Vaccination in the Punjab 1919-1929 - 1919-1929
Year: 1919
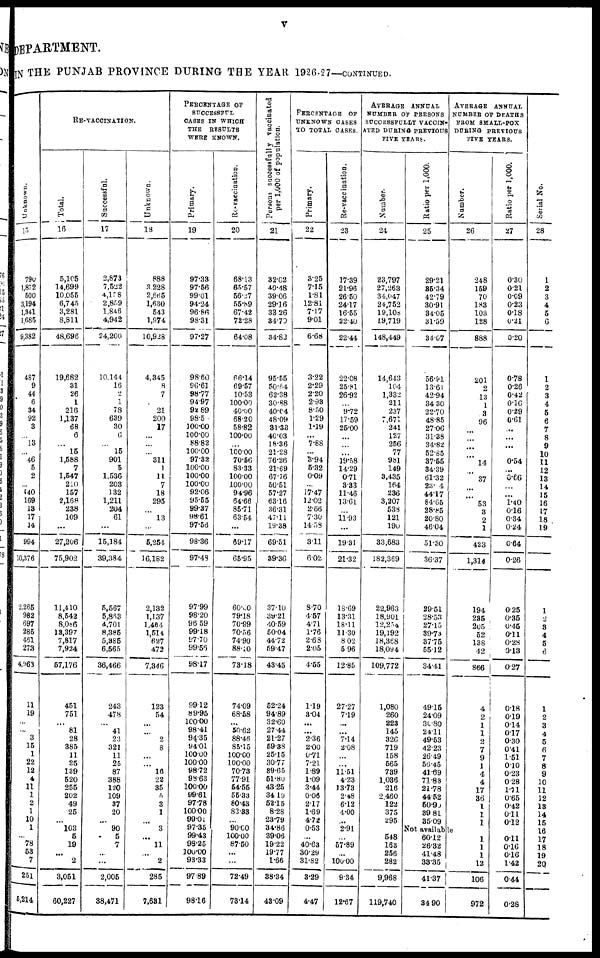
v
DEPARTMENT.
I N THE PUNJAB PROVINCE DURING THE YEAR 1926-27—CONTINUED.
Unknown
15
790
1,872
500
3,194
1,341
1,685
9,382
487
9
44
6
34
92
3
13
...
46
5
2
...
640
169
13
17
14
994
10,376
2,265
982
697
285
461
273
4,963
11
19
...
...
3
15
1
22
12
4
11
1
2
1
10
1
...
78
53
7
251
5,214
RE-VACCINATION.
Total.
16
5,105
14,699
10,055
6,745
3,281
8,811
48,696
19,682
31
26
1
216
1,137
68
6
...
15
1,588
7
1,547
210
157
2,168
238
109
...
27,206
75,902
11,410
8,542
8,086
13,397
7,817
7,924
57,176
451
751
...
81
28
385
11
25
139
520
255
202
49
25
...
103
5
19
...
2
3,051
60,227
Successful.
17
2,873
7,522
4,158
2,859
1,846
4,942
24,200
10,144
16
2
1
78
639
30
6
...
15
901
5
1,536
203
132
1,211
204
61
...
15,184
39,384
5,567
5,863
4,701
8,385
5,385
6,565
36,466
243
478
...
41
23
321
11
25
87
388
120
109
37
20
...
90
5
7
...
...
2,005
38,471
Unknown.
18
888
3,228
2,665
1,630
543
1,974
10,928
4,345
8
7
21
200
17
...
...
...
311
1
11
7
18
295
...
13
...
5,254
16,182
2,132
1,137
1.464
1,514
627
472
7,346
123
54
...
...
2
8
...
...
16
22
35
5
3
1
...
3
...
11
...
2
285
7,631
PERCENTAGE OF
SUCCESSFUL
CASES IN WHICH
THE RESULTS
WERE KNOWN.
Primary.
19
97.33
97.56
99.01
94.24
96.86
98.31
97.27
98.60
96.61
98.77
94.97
92.89
98.5
100.00
100.00
88.82
100.00
97.32
100.00
100.00
100.00
92.06
95.55
99.37
98.61
97.56
98.36
97.48
97.99
98.20
96.59
99.18
97.70
99.56
98.17
99.12
89.95
100.00
98.41
94.35
94.01
100.00
100.00
98.72
98.63
100.00
99.61
97.78
100.00
99.01
97.35
99.43
98.25
100.00
93.33
97.89
98.16
Re-vaccination.
20
68.13
65.57
56.27
55.89
67.42
72.28
64.08
66.14
69.57
10.53
100.00
40.00
68.20
58.82
100.00
...
100.00
70.56
83.33
100.00
100.00
94.96
64.66
85.71
63.54
...
69.17
65.95
60.00
79.18
70.99
70.56
74.90
88.10
73.18
74.09
68.58
...
50.62
88.46
85.15
100.00
100.00
70.73
77.91
54.55
55.33
80.43
83.33
...
90.00
100.00
87.50
...
...
72.49
73.14
Persons successfully vaccinated
per 1,000 of population.
21
32.02
40.48
39.06
29.16
33.26
34.70
34.82
95.55
50.64
62.38
30.88
40.04
48.09
31.33
40.03
18.36
21.28
76.26
21.69
67.76
50.51
57.27
63.16
36.31
47.11
19.38
69.51
39.36
37.10
39.21
40.59
50.04
44.72
59.47
43.45
52.24
94.89
32.60
27.44
21.27
59.38
25.15
30.77
39.65
51.80
43.25
34.19
52.15
8.28
23.79
34.86
39.06
19.22
19.77
1.66
38.34
43.09
PERCENTAGE OF
UNKNOWN CASES
TO TOTAL CASES.
Primary.
22
3.25
7.15
1.81
12.81
7.17
9.01
6.68
3.22
2.29
2.20
2.93
8.50
1.29
1.19
...
7.88
...
3.94
5.32
0.09
...
17.47
12.02
2.66
7.30
14.58
3.11
6.02
8.70
4.57
4.71
1.76
2.68
2.05
4.55
1.19
3.04
...
...
2.36
2.00
0.71
7.21
1.89
1.09
3.44
0.06
2.17
1.69
4.72
0.53
...
40.63
30.29
31.82
3.29
4.47
Re-vaccination.
23
17.39
21.96
26.50
24.17
16.55
22.40
22.44
22.08
25.81
26.92
...
9.72
17.59
25.00
...
...
...
19.58
14.29
0.71
3.33
11.46
13.61
...
11.93
...
19.31
21.32
18.69
13.31
18.11
11.30
8.02
5.96
12.85
27.27
7.19
...
...
7.14
2.08
...
...
11.51
4.23
13.73
2.48
6.12
4.00
...
2.91
...
57.89
...
100.00
9.34
12.67
AVERAGE ANNUAL
NUMBER OF PERSONS
SUCCESSFULLY VACCIN-
ATED DURING PREVIOUS
FIVE YEARS.
Number.
24
23,797
27,263
34,047
24,752
19,108
19,719
148,449
14,643
104
1,332
211
237
7,671
241
127
256
77
981
149
3,435
164
236
3,207
538
121
190
33,683
182,369
22,963
18,901
12,254
19,192
18,368
18,094
109,772
1,080
260
223
145
326
719
158
565
739
1,036
216
2,460
122
375
295
548
163
256
282
9,968
119,740
Ratio per 1,000.
25
29.21
35.34
42.79
30.91
34.05
31.59
34.07
56.91
13.61
42.94
34.30
22.70
48.85
27.06
31.38
34.82
52.85
37.55
34.39
61.32
23.4
44.17
84.65
28.85
20.80
46.04
51.30
36.37
29.51
28.53
27.15
39.73
37.75
55.12
34.41
49.15
24.09
31.80
24.11
49.53
42.23
26.49
56.45
41.69
71.83
21.78
44.52
50.90
39.81
35.09
AVERAGE ANNUAL
NUMBER OF DEATHS
FROM SMALL-POX
DURING PREVIOUS
FIVE YEARS.
Number.
26
248
159
70
183
103
128
888
201
2
13
1
3
96
...
...
...
...
14
...
37
...
...
53
3
2
1
423
1,314
194
235
205
52
138
42
866
4
2
1
1
2
7
9
1
4
4
17
36
1
1
1
Not available
60.12
26.32
41.48
38.35
41.37
34.90
1
1
1
13
106
972
Ratio per 1,000.
27
0.30
0.21
0.09
0.23
0.18
0.21
0.20
0.78
0.26
0.42
0.16
0.29
0.61
...
...
...
0.54
...
0.66
...
...
1.40
0.16
0.34
0.24
0.64
0.26
0.25
0.35
0.45
0.11
0.28
0.13
0.27
0.18
0.19
0.14
0.17
0.30
0.41
1.51
0.10
0.23
0.28
1.11
0.65
0.42
0.11
0.12
0.11
0.16
0.16
1.42
0.44
0.28
Serial No.
28
1
2
3
4
5
6
1
2
3
4
5
6
7
8
9
10
11
12
13
14
15
16
17
18
19
1
2
3
4
5
6
1
2
3
4
5
6
7
8
9
10
11
12
13
14
15
16
17
18
19
20